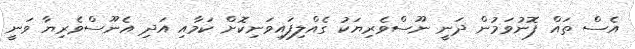
އެސް ތައް ފޮނުވަމުން ދަނީ ނޫސްވެރިޔަކު ގެއްލިފައިވަނިކޮށް ކަމާއި އަދި އެނޫސްވެރިޔާ ވަނީ